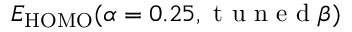
E _ { \mathrm { H O M O } } ( \alpha = 0 . 2 5 , \mathrm { ~ t ~ u ~ n ~ e ~ d ~ } \beta )